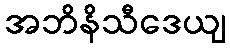
အဘိနိသီဒေယျ